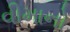
વીમાનો